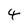
Character: 4